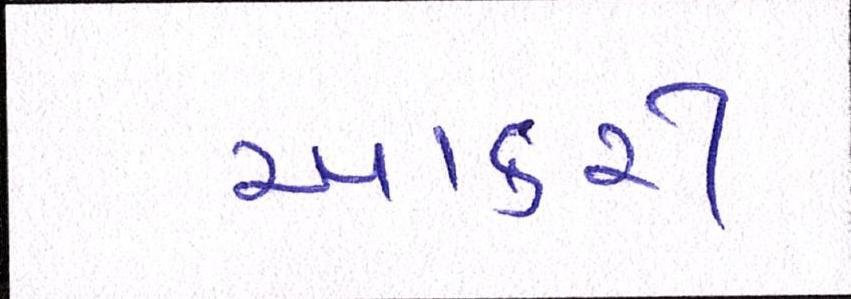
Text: આકરી